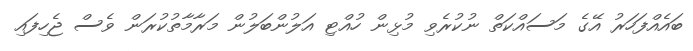
ބައެއްފަހަރު އޭގެ މަސައްކަތް ނުކުރެވި މުޅިން ހުއްޓި އަލުންބަލުން މަރާމާތުކުރަން ވެސް ޖެހިފައި